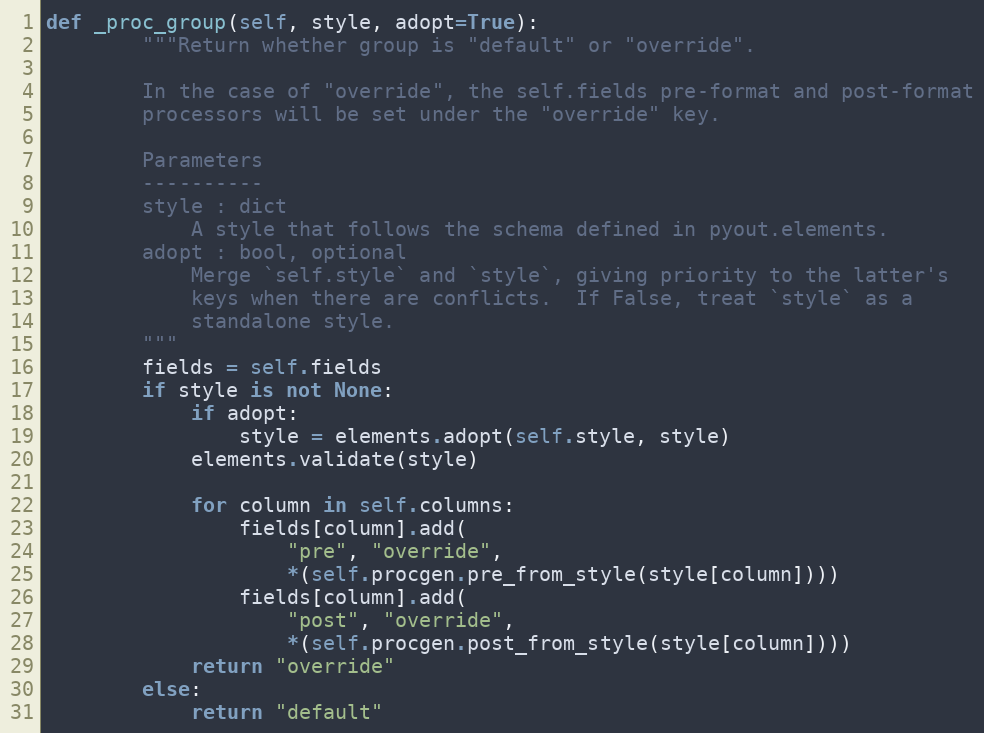
Language: Python
def _proc_group(self, style, adopt=True):
        """Return whether group is "default" or "override".

        In the case of "override", the self.fields pre-format and post-format
        processors will be set under the "override" key.

        Parameters
        ----------
        style : dict
            A style that follows the schema defined in pyout.elements.
        adopt : bool, optional
            Merge `self.style` and `style`, giving priority to the latter's
            keys when there are conflicts.  If False, treat `style` as a
            standalone style.
        """
        fields = self.fields
        if style is not None:
            if adopt:
                style = elements.adopt(self.style, style)
            elements.validate(style)

            for column in self.columns:
                fields[column].add(
                    "pre", "override",
                    *(self.procgen.pre_from_style(style[column])))
                fields[column].add(
                    "post", "override",
                    *(self.procgen.post_from_style(style[column])))
            return "override"
        else:
            return "default"